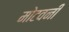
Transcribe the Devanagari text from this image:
मोटवनी